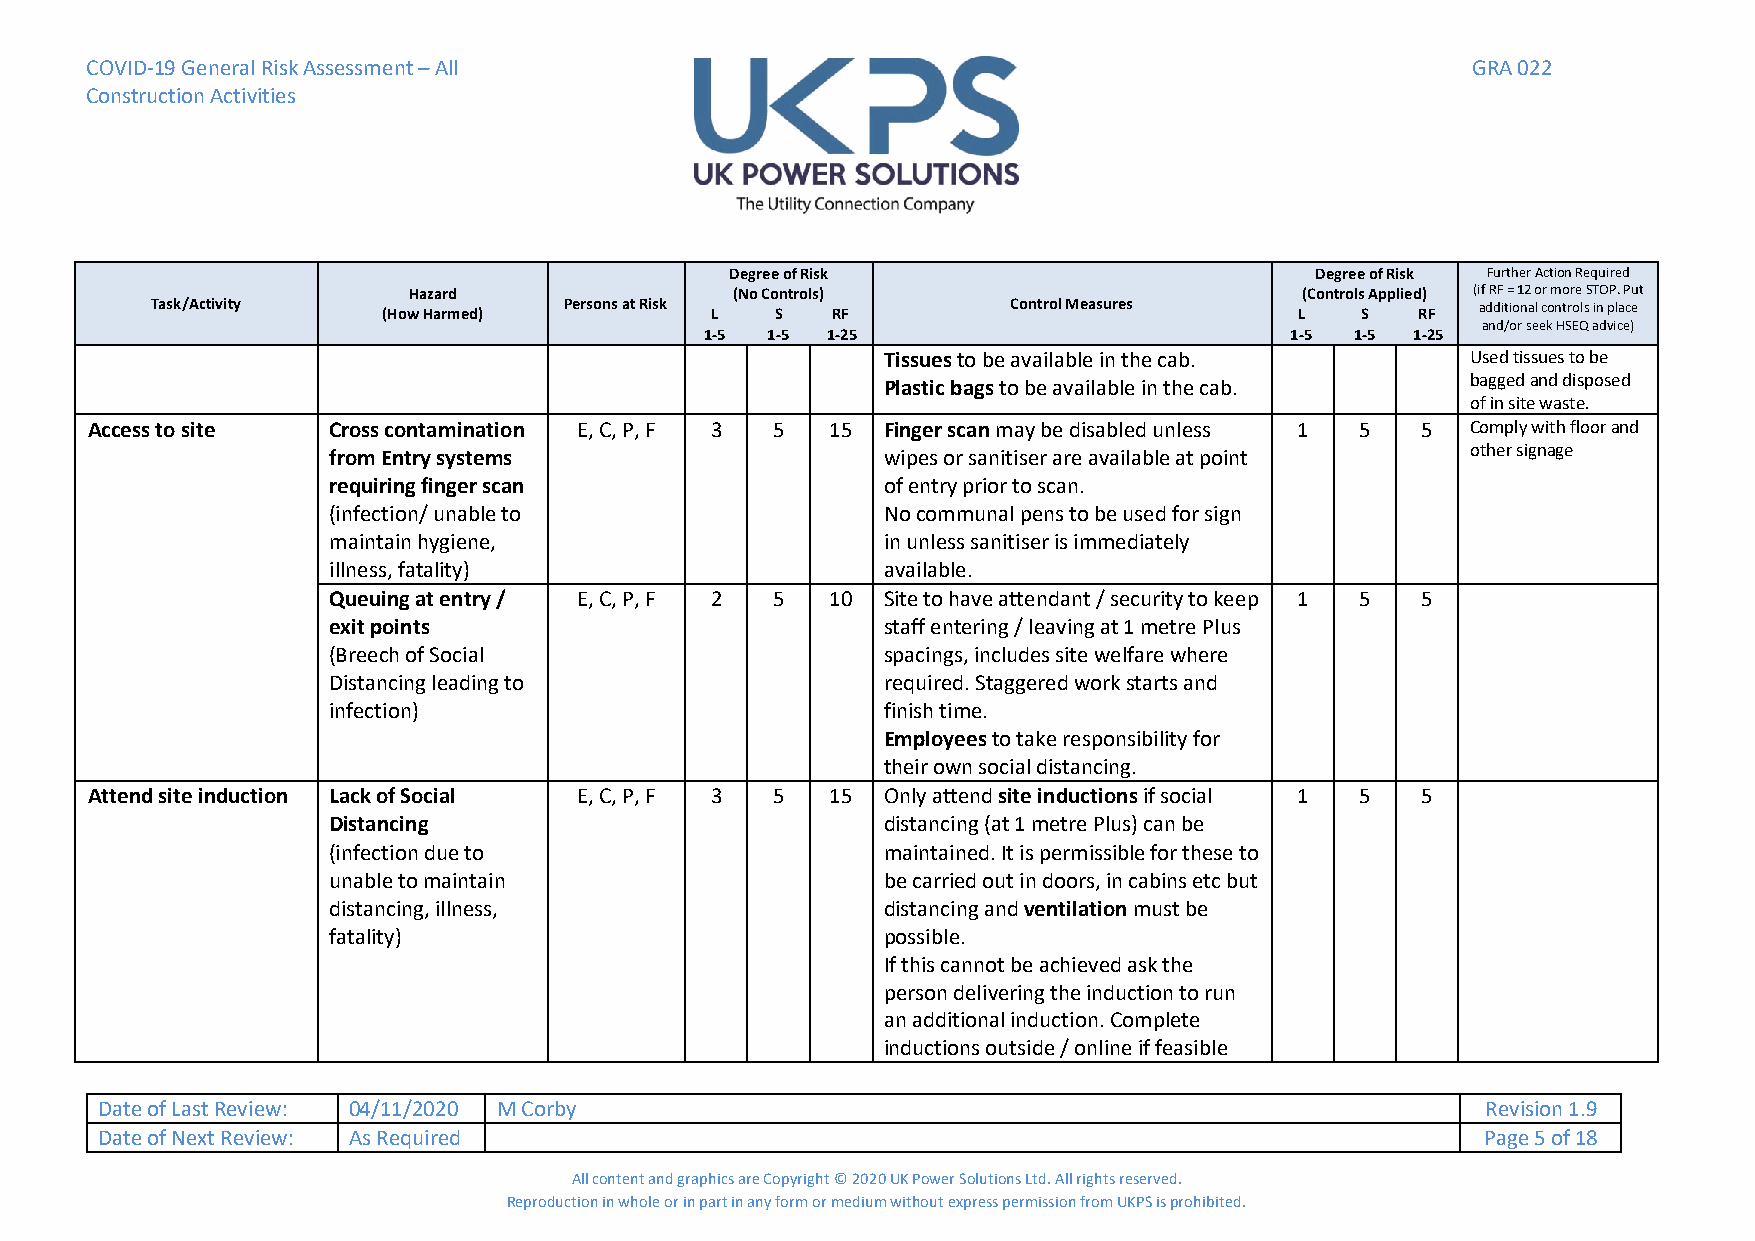
COVID-19 General Risk Assessment – All                                                     GRA 022
 Construction Activities
 Degree of Risk                         Degree of Risk Further Action Required
 Hazard               (No Controls)                         (Controls Applied) (if RF = 12 or more STOP. Put
 Task/Activity  (How Harmed) Persons at Risk L S RF       Control Measures   L   S   RF  additional controls in place
 and/or seek HSEQ advice)
 1-5 1-5 1-25                          1-5  1-5 1-25
 Tissues to be available in the cab.    Used tissues to be
 Plastic bags to be available in the cab. bagged and disposed
 of in site waste.
 Access to site  Cross contamination E, C, P, F 3 5 15 Finger scan may be disabled unless 1 5 5 Comply with floor and
 from Entry systems                  wipes or sanitiser are available at point other signage
 requiring finger scan               of entry prior to scan.
 (infection/ unable to               No communal pens to be used for sign
 maintain hygiene,                   in unless sanitiser is immediately
 illness, fatality)                  available.
 Queuing at entry / E, C, P, F 2 5 10 Site to have attendant / security to keep 1 5 5
 exit points                         staff entering / leaving at 1 metre Plus
 (Breech of Social                   spacings, includes site welfare where
 Distancing leading to               required. Staggered work starts and
 infection)                          finish time.
 Employees to take responsibility for
 their own social distancing.
 Attend site induction Lack of Social E, C, P, F 3 5 15 Only attend site inductions if social 1 5 5
 Distancing                          distancing (at 1 metre Plus) can be
 (infection due to                   maintained. It is permissible for these to
 unable to maintain                  be carried out in doors, in cabins etc but
 distancing, illness,                distancing and ventilation must be
 fatality)                           possible.
 If this cannot be achieved ask the
 person delivering the induction to run
 an additional induction. Complete
 inductions outside / online if feasible
 Date of Last Review: 04/11/2020 M Corby                                                     Revision 1.9
 Date of Next Review: As Required                                                            Page 5 of 18
 All content and graphics are Copyright © 2020 UK Power Solutions Ltd. All rights reserved.
 Reproduction in whole or in part in any form or medium without express permission from UKPS is prohibited.